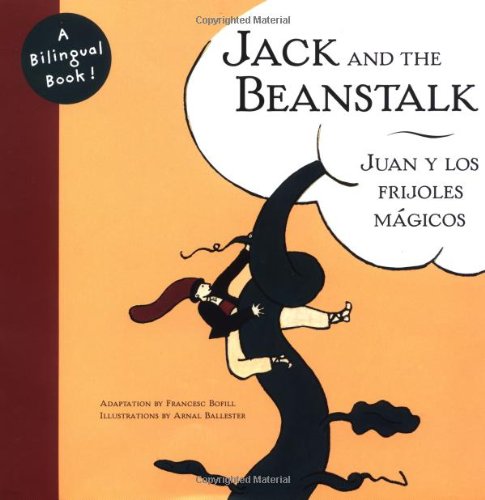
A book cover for Juan y los frijoles mÃ¡gicos / Jack and the Beanstalk; Arnal Ballester; Children's Books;